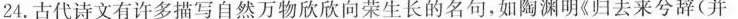
24.古代诗文有许多描写自然万物欣欣向荣生长的名句，如陶渊明《归去来兮辞(并